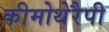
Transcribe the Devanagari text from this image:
कीमोथेरैपी